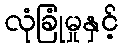
လုံခြုံမှုနှင့်